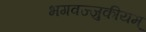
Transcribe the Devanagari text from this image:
भगवज्जुकीयम्‌